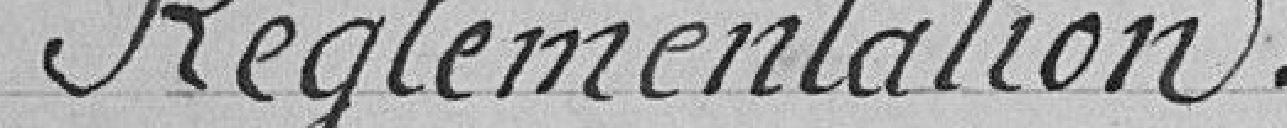
Réglementation.